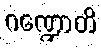
ဂဏ္ဍောတိ